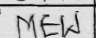
Transcription: MEW